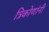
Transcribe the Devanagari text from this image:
त्रिकोणांनी